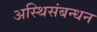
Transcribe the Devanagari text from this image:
अस्थिसंबन्धन